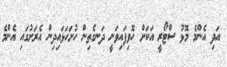
އަދި އެންމެ މޮޅު ސްޓޯރީ އަކަށް ހޮވިފައިވަނީ ދަނގެތިން ހުށަހަޅައިދިން އެރަށުގައި އެންމެ